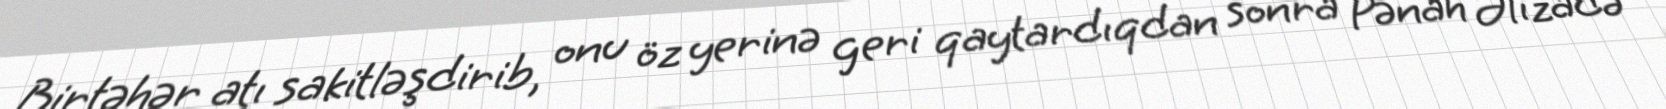
Birtəhər atı sakitləşdirib, onu öz yerinə geri qaytardıqdan sonra Pənah Əlizadə